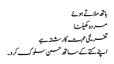
ہاتھ ملاتے ہوئے
مردہ کھیلنا
تفریحی محبت کا رشتہ ہے
اپنے کتے کے ساتھ حسن سلوک کرو۔